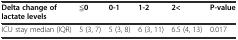
| Delta change of lactate levels | ≦0 | 0-1 | 1-2 | 2< | P-value |
 | --- | --- | --- | --- | --- | --- |
 | ICU stay median (IQR) | 5 (3, 7) | 5 (3, 8) | 6 (3, 11) | 6.5 (4, 13) | 0.017 |